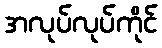
အလုပ်လုပ်ကိုင်